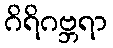
ဂိရိဂဗ္ဘရာ